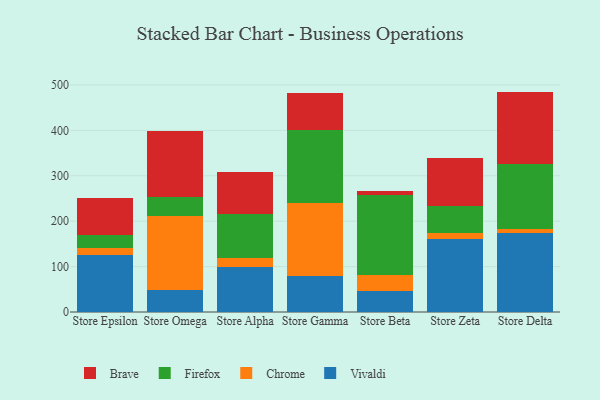
{"axis": {"x": "Store", "y": "Churn Rate (%)"}, "legend": ["Brave", "Chrome", "Firefox", "Vivaldi"], "data": [{"x": "Store Epsilon", "y": 124.6, "type": "Vivaldi"}, {"x": "Store Epsilon", "y": 16.4, "type": "Chrome"}, {"x": "Store Epsilon", "y": 28.7, "type": "Firefox"}, {"x": "Store Epsilon", "y": 82.3, "type": "Brave"}, {"x": "Store Omega", "y": 49.2, "type": "Vivaldi"}, {"x": "Store Omega", "y": 162.2, "type": "Chrome"}, {"x": "Store Omega", "y": 41.4, "type": "Firefox"}, {"x": "Store Omega", "y": 146.4, "type": "Brave"}, {"x": "Store Alpha", "y": 98.8, "type": "Vivaldi"}, {"x": "Store Alpha", "y": 20.2, "type": "Chrome"}, {"x": "Store Alpha", "y": 96.6, "type": "Firefox"}, {"x": "Store Alpha", "y": 93.0, "type": "Brave"}, {"x": "Store Gamma", "y": 80.0, "type": "Vivaldi"}, {"x": "Store Gamma", "y": 159.4, "type": "Chrome"}, {"x": "Store Gamma", "y": 161.6, "type": "Firefox"}, {"x": "Store Gamma", "y": 80.5, "type": "Brave"}, {"x": "Store Beta", "y": 46.4, "type": "Vivaldi"}, {"x": "Store Beta", "y": 35.1, "type": "Chrome"}, {"x": "Store Beta", "y": 175.7, "type": "Firefox"}, {"x": "Store Beta", "y": 9.5, "type": "Brave"}, {"x": "Store Zeta", "y": 160.5, "type": "Vivaldi"}, {"x": "Store Zeta", "y": 12.7, "type": "Chrome"}, {"x": "Store Zeta", "y": 60.5, "type": "Firefox"}, {"x": "Store Zeta", "y": 104.6, "type": "Brave"}, {"x": "Store Delta", "y": 174.3, "type": "Vivaldi"}, {"x": "Store Delta", "y": 8.6, "type": "Chrome"}, {"x": "Store Delta", "y": 142.5, "type": "Firefox"}, {"x": "Store Delta", "y": 159.9, "type": "Brave"}]}